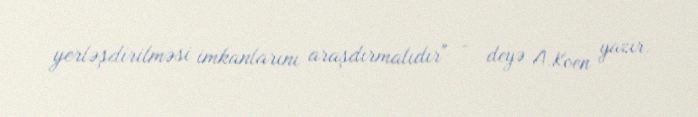
yerləşdirilməsi imkanlarını araşdırmalıdır" - deyə A.Koen yazır.